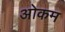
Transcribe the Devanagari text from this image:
ओकम